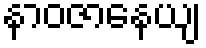
နာဝဇာနေယျ